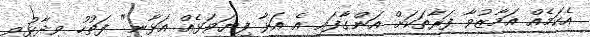
އެކަމެއް އަމާޒުވާ ފަރާތަކަށް އަންގާފައި އެ އަޅާ ފިޔަވަޅެއް އަޅާނީ" ފަތުހު ވިދާޅުވި